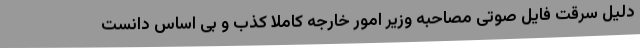
دلیل سرقت فایل صوتی مصاحبه وزیر امور خارجه کاملا کذب و بی اساس دانست